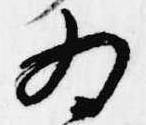
為